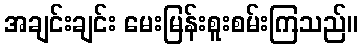
အချင်းချင်း မေးမြန်းစူးစမ်းကြသည်။